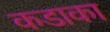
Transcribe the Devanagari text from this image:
कडाका